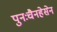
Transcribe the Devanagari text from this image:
पुनःचैनहेसेन